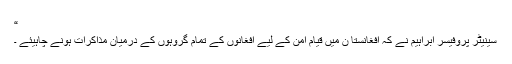
“
سینیٹر پروفیسر ابراہیم نے کہ افغانستا ن میں قیام امن کے لیے افغانوں کے تمام گروہوں کے درمیان مذاکرات ہونے چاہیئے ۔